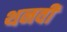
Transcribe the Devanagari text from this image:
थनवी